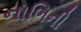
નાભિની